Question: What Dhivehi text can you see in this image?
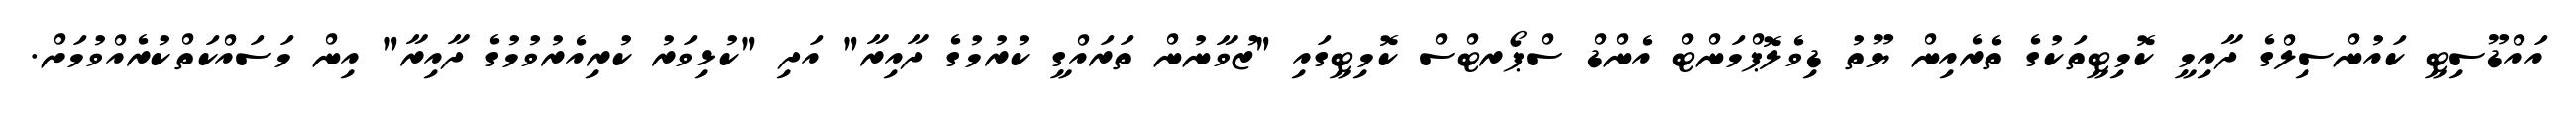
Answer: އައްޑޫސިޓީ ކައުންސިލްގެ ދާއިމީ ކޮމިޓީތަކުގެ ތެރެއިން ޔޫތު ޑިވެލޮޕްމަންޓް އެންޑް ސްޕޯރޓްސް ކޮމިޓީގައި "ޒުވާނުން ތަރައްގީ ކުރުމުގެ ދާއިރާ" އަދި "ކުޅިވަރު ކުރިއެރުވުމުގެ ދާއިރާ" އިން މަސައްކަތްކުރެއްވުމަށް.